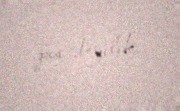
pis deyilik..